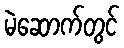
မဲဆောက်တွင်